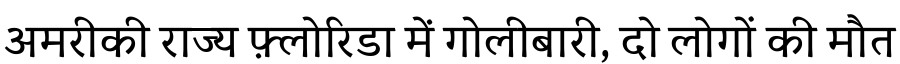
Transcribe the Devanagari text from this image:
अमरीकी राज्य फ़्लोरिडा में गोलीबारी, दो लोगों की मौत